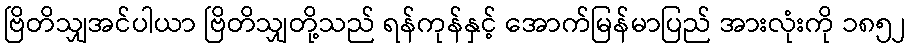
ဗြိတိသျှအင်ပါယာ ဗြိတိသျှတို့သည် ရန်ကုန်နှင့် အောက်မြန်မာပြည် အားလုံးကို ၁၈၅၂